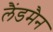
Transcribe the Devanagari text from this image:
लैंडमैन